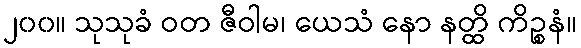
၂၀၀။ သုသုခံ ဝတ ဇီဝါမ၊ ယေသံ နော နတ္ထိ ကိဉ္စနံ။